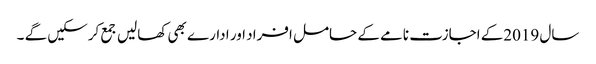
سال 2019کے اجازت نامے کے حامل افراد اور ادارے بھی کھالیں جمع کرسکیں گے ۔